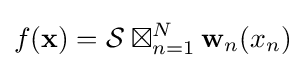
f(\mathbf {x} )={\mathcal {S}}\boxtimes _{n=1}^{N}\mathbf {w} _{n}(x_{n})